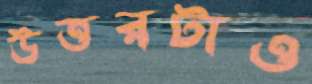
উত্তরটাও